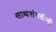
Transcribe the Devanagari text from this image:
साथसंगतीची